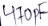
Text: 410pF